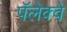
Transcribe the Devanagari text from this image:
पॅलेक्वे